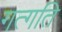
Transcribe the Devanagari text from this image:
गत्गति